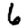
Digit: 6